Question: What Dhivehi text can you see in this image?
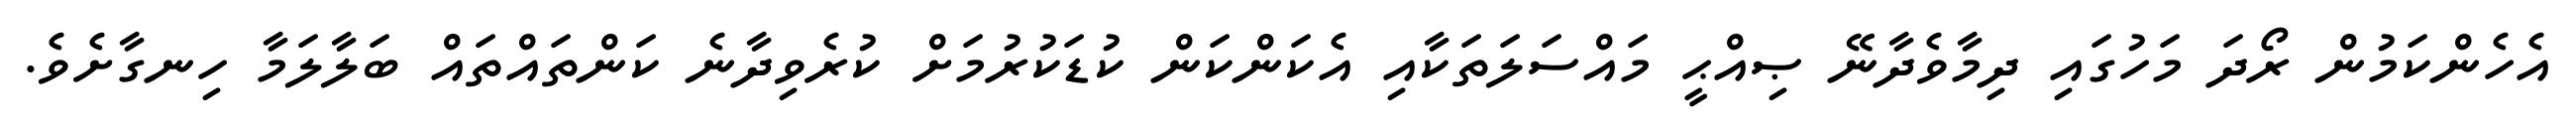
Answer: އެހެންކަމުން ރޯދަ މަހުގައި ދިމާވެދާނޭ ޞިއްޙީ މައްސަލަތަކާއި އެކަންކަން ކުޑަކުރުމަށް ކުރެވިދާނެ ކަންތައްތައް ބަލާލަމާ ހިނގާށެވެ.